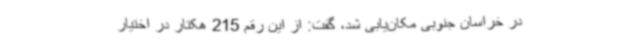
در خراسان جنوبی مکان‌یابی شد، گفت: از این رقم 215 هکتار در اختیار